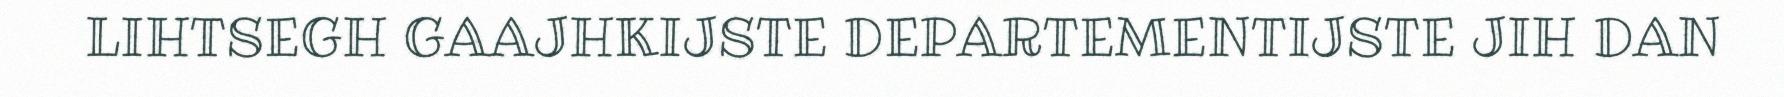
LIHTSEGH GAAJHKIJSTE DEPARTEMENTIJSTE JIH DAN